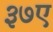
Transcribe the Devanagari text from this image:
३७ए